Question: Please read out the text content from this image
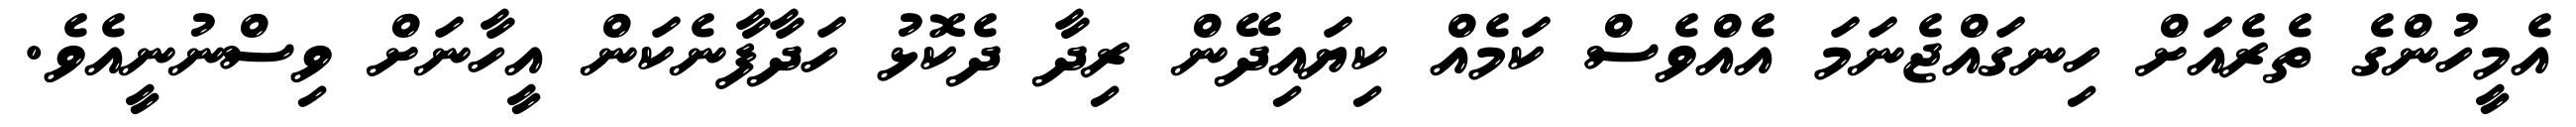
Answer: އެމީހުންގެ ތެރެއަށް ހިނގައްޖެނަމަ އެއްވެސް ކަމެއް ކިޔައިދޭން ރިދާ ދެކޮޅު ހަދާފާނެކަން އީހާނަށް ވިސްނުނީއެވެ.